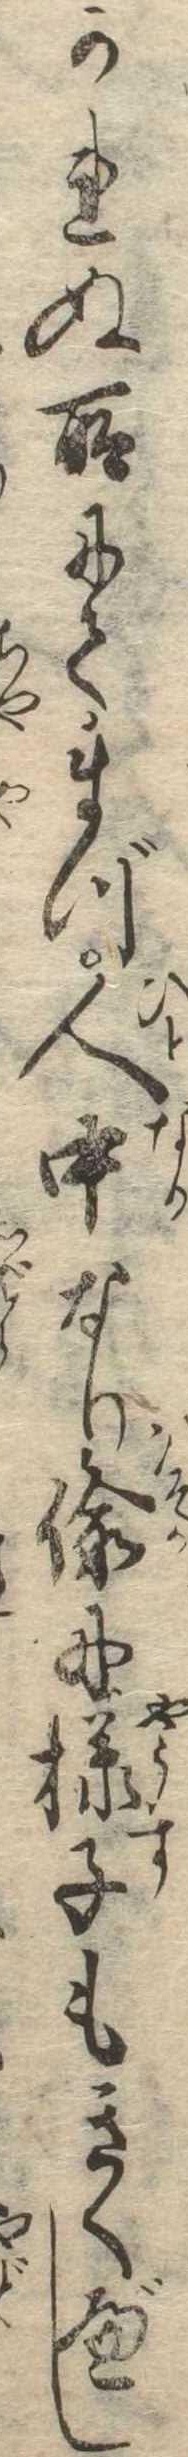
かれぬ所にてまづ人中なり偸に様子もきくべし